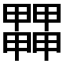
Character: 𤳵